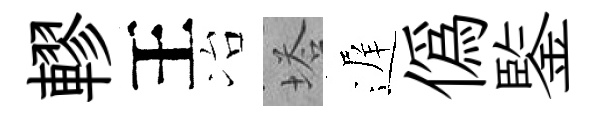
轇王冶塔遅偽鍳